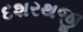
દશરથજી